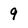
Character: 9